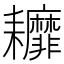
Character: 𦔭